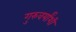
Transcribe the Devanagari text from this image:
गुरुवर्यांशी